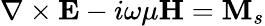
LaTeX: \nabla\times\mathbf{E}-i\omega\mu\mathbf{H}=\mathbf{M}_{s}